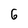
Character: 6